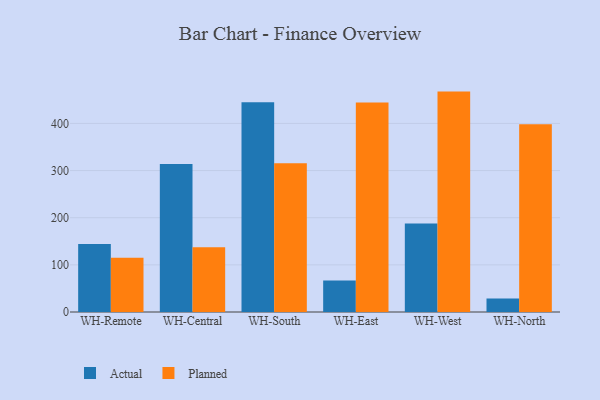
{"axis": {"x": "Warehouse", "y": "Customer Acquisition Cost (USD)"}, "legend": ["Actual", "Planned"], "data": [{"x": "WH-Remote", "y": 144.0, "type": "Actual"}, {"x": "WH-Remote", "y": 114.9, "type": "Planned"}, {"x": "WH-Central", "y": 313.7, "type": "Actual"}, {"x": "WH-Central", "y": 137.4, "type": "Planned"}, {"x": "WH-South", "y": 445.1, "type": "Actual"}, {"x": "WH-South", "y": 315.3, "type": "Planned"}, {"x": "WH-East", "y": 66.7, "type": "Actual"}, {"x": "WH-East", "y": 444.3, "type": "Planned"}, {"x": "WH-West", "y": 187.8, "type": "Actual"}, {"x": "WH-West", "y": 467.5, "type": "Planned"}, {"x": "WH-North", "y": 28.9, "type": "Actual"}, {"x": "WH-North", "y": 398.1, "type": "Planned"}]}